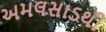
અમલસાડથી